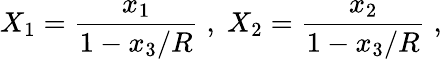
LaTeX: X_{1}=\frac{x_{1}}{1-x_{3}/R}\; ,\; X_{2}=\frac{x_{2}}{1-x_{3}/R}\; ,